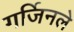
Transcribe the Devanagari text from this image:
गर्जिनले